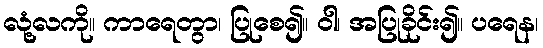
လုံ့လကို။ ကာရေတွာ၊ ပြုစေ၍။ ဝါ၊ အပြုခိုင်း၍။ ပရေန၊